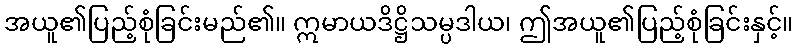
အယူ၏ပြည့်စုံခြင်းမည်၏။ ဣမာယဒိဋ္ဌိသမ္ပဒါယ၊ ဤအယူ၏ပြည့်စုံခြင်းနှင့်။